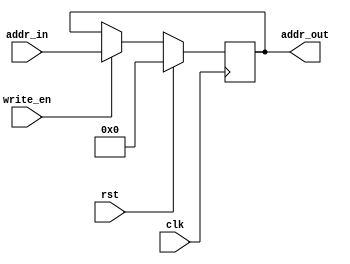
/*
section 4.3 - datapath

FIGURE 4.6 A portion of the datapath used for fetching
instructions and incrementing the program counter.

desc: provides mem addr of next instr with use of adder to instr mem
	holds current address of instruction memory.
	updates on pos edge clk
	sync reset

notes:
	addr out is output reg. can be used within always block

*/

module PC (clk, rst, write_en, addr_in, addr_out);

input clk, rst, write_en;
input [31:0] addr_in;

output reg [31:0] addr_out;

always @ (posedge clk) begin
	if (rst) addr_out <= 32'b0;
	else
		if (write_en) addr_out <= addr_in;
end

endmodule